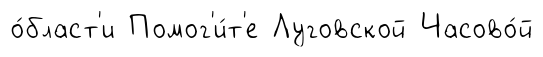
о́бласт'и Помог'и́т'е Луговской Часово́й